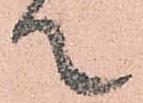
て